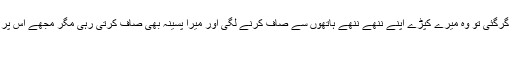
جب میں گڑھے سے مٹی نکا ل رہا تھا تو مٹی میرے کپڑوں پر گرگئی تو وہ میرے کپڑے اپنے ننھے ننھے ہاتھوں سے صاف کرنے لگی اور میرا پسینہ بھی صاف کرتی رہی مگر مجھے اس پر رحم نہیں آیااور میں نے بچی کو گڑھے میں ڈال دیااور مٹی ڈالنا
شروع کردی۔